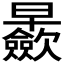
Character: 𱢴